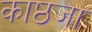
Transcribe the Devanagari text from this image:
काष्ठजा